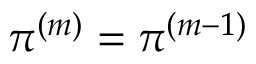
\pi ^ { ( m ) } = \pi ^ { ( m - 1 ) }